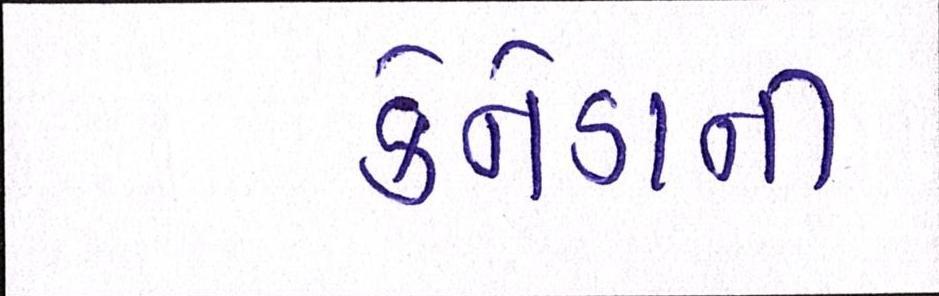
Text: કેનેડાની